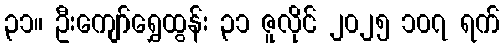
၃၁။ ဦးကျော်ရွှေထွန်း ၃၁ ဇူလိုင် ၂၀၂၅ ၁၀၇ ရက်